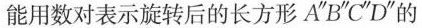
能用数对表示旋转后的长方形A”B”C”D”的